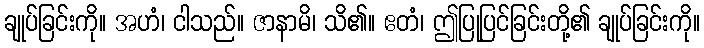
ချုပ်ခြင်းကို။ အဟံ၊ ငါသည်။ ဇာနာမိ၊ သိ၏။ ဧတံ၊ ဤပြုပြင်ခြင်းတို့၏ ချုပ်ခြင်းကို။